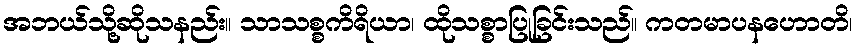
အဘယ်သို့ဆိုသနည်း။ သာသစ္စကိရိယာ၊ ထိုသစ္စာပြုခြင်းသည်။ ကတမာပနဟောတိ၊